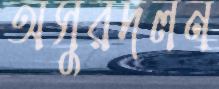
অসুরদলন